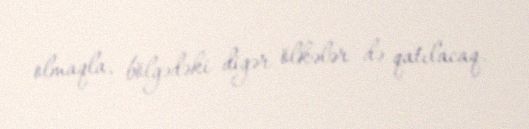
olmaqla, bölgədəki digər ölkələr də qatılacaq.